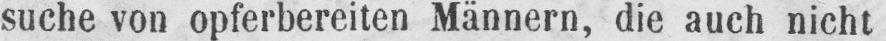
suche von opferbereiten Männern, die auch nicht